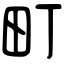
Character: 町